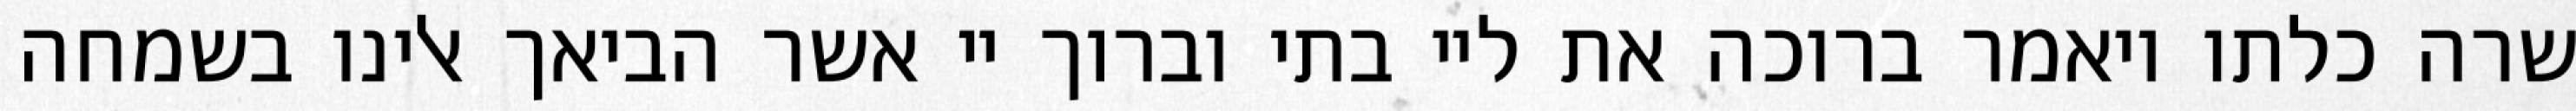
שרה כלתו ויאמר ברוכה את ליי בתי וברוך יי אשר הביאך אלינו בשמחה